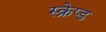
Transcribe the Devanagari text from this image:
स्क्रेप्ड